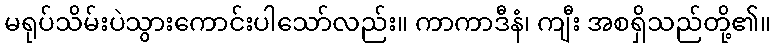
မရုပ်သိမ်းပဲသွားကောင်းပါသော်လည်း။ ကာကာဒီနံ၊ ကျီး အစရှိသည်တို့၏။